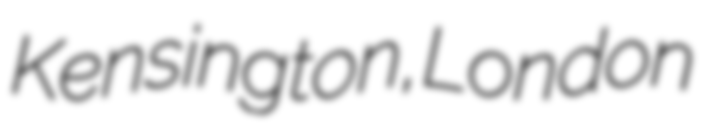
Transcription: Kensington, London